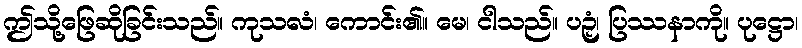
ဤသို့ဖြေဆိုခြင်းသည်။ ကုသလံ၊ ကောင်း၏။ မေ၊ ငါသည်။ ပဉှံ၊ ပြဿနာကို။ ပုဋ္ဌော၊